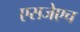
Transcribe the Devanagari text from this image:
एसजेएच